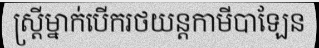
ស្ត្រីម្នាក់បើករថយន្តកាមីបាឡែន